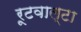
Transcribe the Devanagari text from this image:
रूटवाल्टा